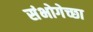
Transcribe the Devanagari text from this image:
संभोगेच्छा